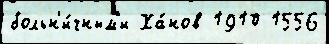
больн'и́чным'и Ха́нов 1910 1556